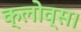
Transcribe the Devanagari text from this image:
क्लोव्स।